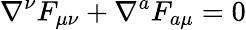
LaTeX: \nabla^{\nu}F_{\mu\nu}+\nabla^{a}F_{a\mu}=0